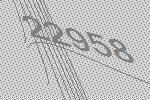
22958